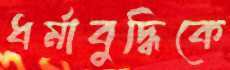
ধর্মাবুদ্ধিকে